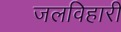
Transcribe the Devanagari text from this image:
जलविहारी